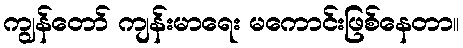
ကျွန်တော် ကျန်းမာရေး မကောင်းဖြစ်နေတာ။